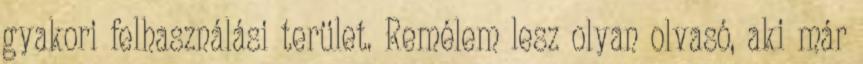
gyakori felhasználási terület. Remélem lesz olyan olvasó, aki már